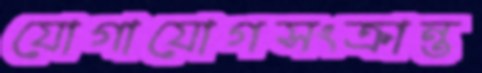
যোগাযোগসংক্রান্ত